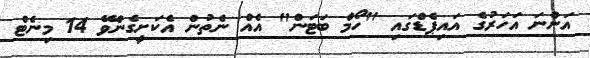
އަންނަ އަހަރުގެ އައިޕެޑްގައި "ހޯމް ބަޓަން" އެއް ނެތުން އެކަށީގެންވޭ 14 މިނެޓް